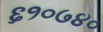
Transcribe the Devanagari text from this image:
६१०७४०